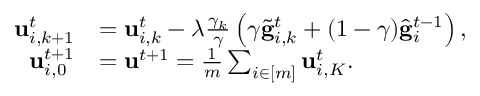
\begin{array} { r l } { \mathbf { u } _ { i , k + 1 } ^ { t } } & { = \mathbf { u } _ { i , k } ^ { t } - \lambda \frac { \gamma _ { k } } { \gamma } \left( \gamma \tilde { \mathbf { g } } _ { i , k } ^ { t } + ( 1 - \gamma ) \hat { \mathbf { g } } _ { i } ^ { t - 1 } \right) , } \\ { \mathbf { u } _ { i , 0 } ^ { t + 1 } } & { = \mathbf { u } ^ { t + 1 } = \frac { 1 } { m } \sum _ { i \in [ m ] } \mathbf { u } _ { i , K } ^ { t } . } \end{array}